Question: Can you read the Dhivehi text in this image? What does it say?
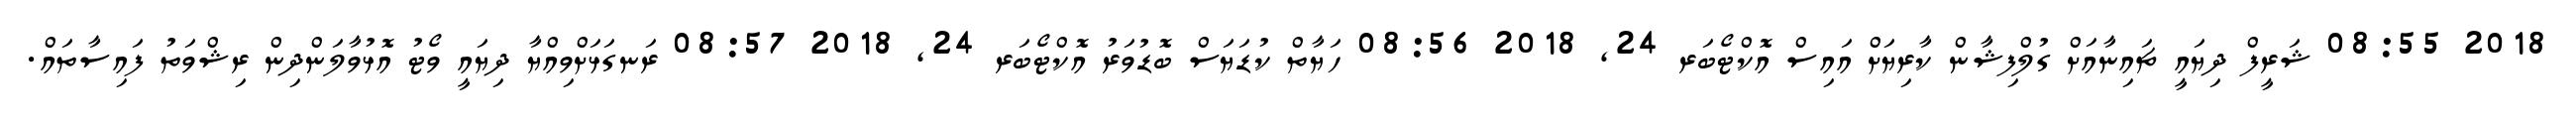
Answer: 2018 08:55 ޝަރީފް ދިޔައީ ޗައިނާއަށް ގުލްފިޝާން ކާރިޔަށް އައިސް އޮކްޓޯބަރ 24, 2018 08:56 ހަޔާތް ކުޑަޔަސް ބޮޑުވަރު އޮކްޓޯބަރ 24, 2018 08:57 ރަނގަޅަށްވިއްޔާ ދިޔައީ ވޯޓު އޮޅުވާލަންދިން ރިޝްވަތު ފައިސާތައް.